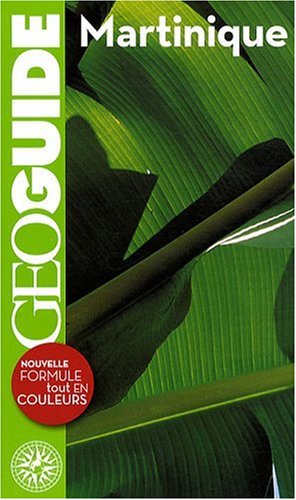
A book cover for Guides Gallimard: Martinique (French Edition); Travel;